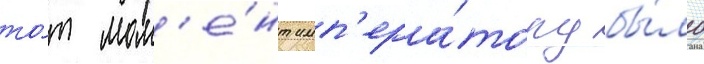
то́т мом'е́нт имп'ера́тору бы́ло